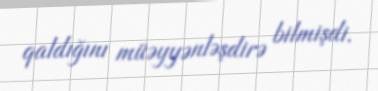
qaldığını müəyyənləşdirə bilmişdi.